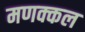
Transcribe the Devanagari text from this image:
मणक्कल